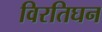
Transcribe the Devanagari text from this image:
विरतिघन